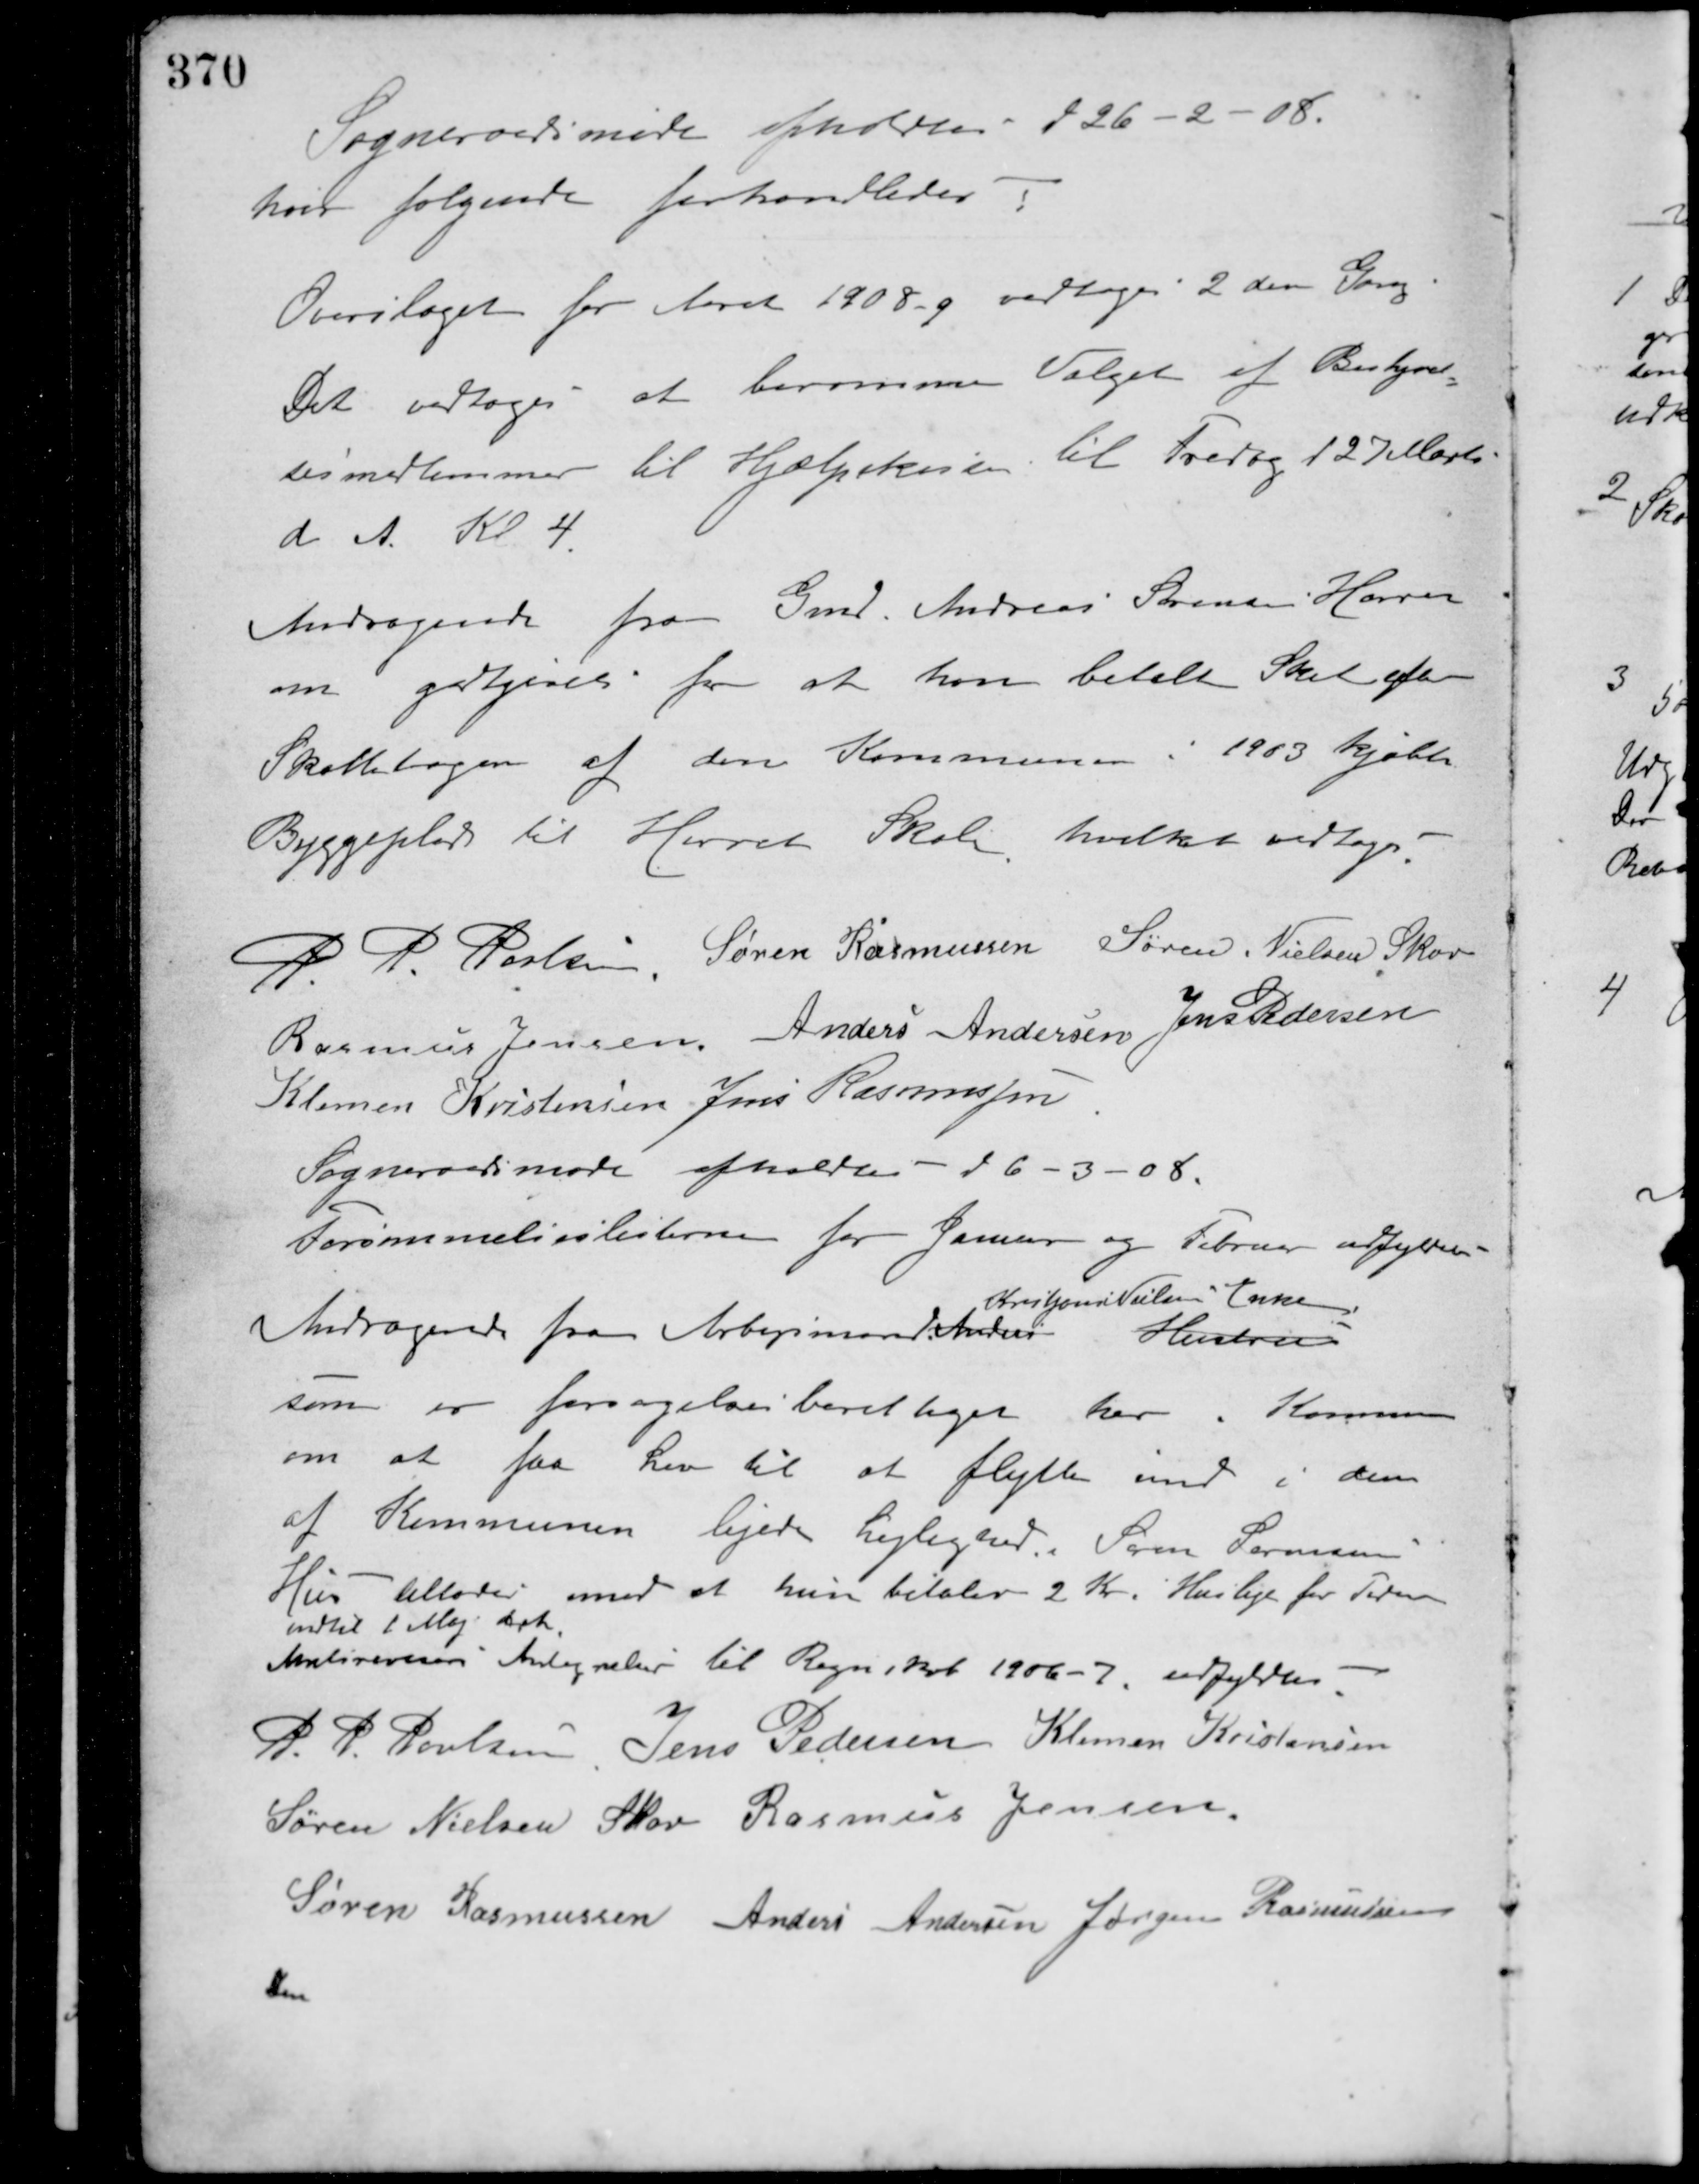
Transskription:
Sogneraadsmøde afholdtes d 26-2-08.
hvor følgende forhandledes:
Overslaget for Aaret 1908 og vedtoges 2den Gang.
Det vedtoges at beramme Valget af Bestyrel-
sesmedlemmer til Hjælpekassen til Fredag d 27 Marts
d. A. Kl. 4.
Andragende fra Gmd. Andreas Sørensen Hørret
om godtgørelse for at han betalte Skat efter
Skattebogen af den Kommunen i 1903 kjøbte
Byggeplads til Hørret Skole, hvilket vedtoges.
P. P. Poulsen Søren Rasmussen Søren Nielsen Skov
Rasmus Jensen Anders Andersen Jens Pedersen
Klemen Kristensen Jens Rasmussen
Sogneraadsmøde afholdtes d 6-3-08.
Forsømmelseslisterne for Januar og Februar udfyldtes.
Andragende fra Arbejdsmand Anders Hustru
Kristian Nielsens Enke
som er forsøgelsesberettiget her i Kommunen
om at faa Lov til at flytte ind i den
af Kommunen lejede Lejlighed i Søren Sørensens
Hus - tillodes mod at hun betaler 2 Kr. i Husleje for Tiden
indtil 1 Maj d. A.
Amtsrevisors Antegnelser til Regnskab 1906-7 udfyldtes.
P. P. Poulsen Jens Pedersen Klemen Kristensen
Søren Nielsen Skov Rasmus Jensen
Søren Rasmussen Anders Andersen Jørgen Rasmussen
Den